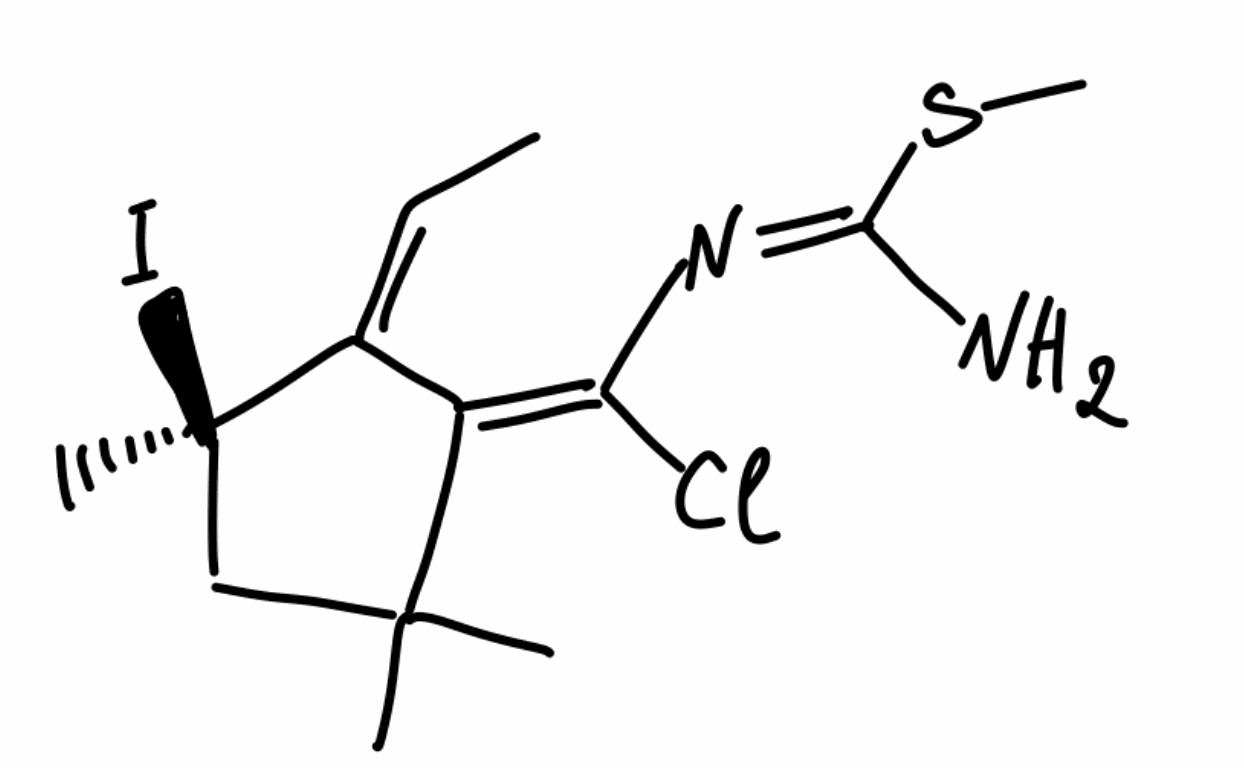
Simplified molecular-input line-entry system (SMILES) notation of the given molecule:
C/C=C/1\C(=C(/N=C(\N)/SC)\Cl)\C(C[C@@]1(C)I)(C)C